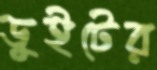
ডুইটের